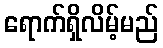
ရောက်ရှိလိမ့်မည်